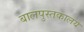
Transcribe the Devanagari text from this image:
बालपुस्तकालय